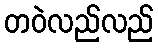
တဝဲလည်လည်